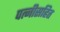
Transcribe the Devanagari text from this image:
पत्नीसहित